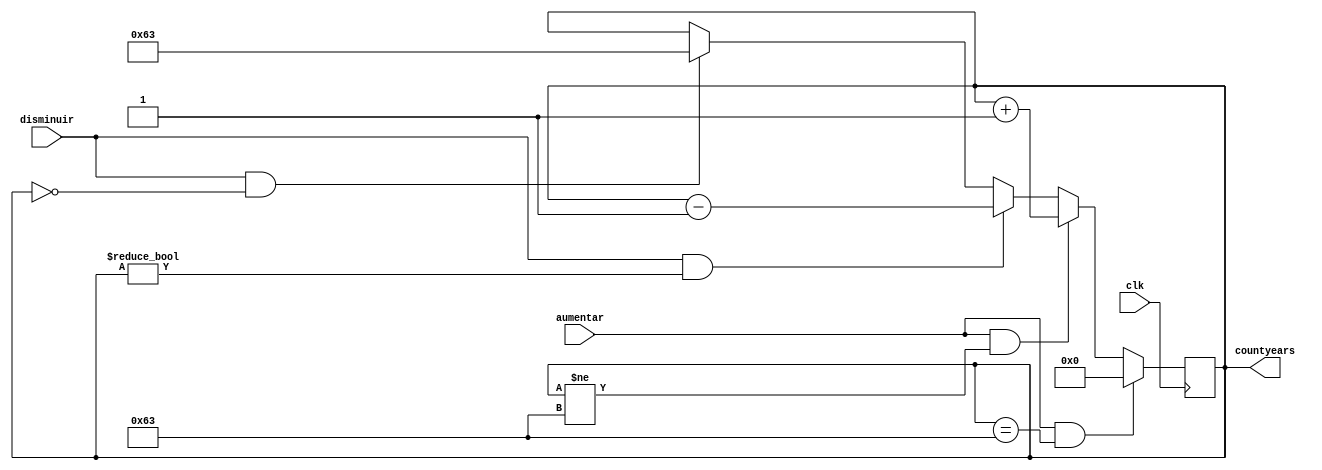
`timescale 1ns / 10ps

module countyears(
		input wire clk,
		input wire aumentar, disminuir,
		output reg [7:0] countyears
    );
	 
initial countyears = 0;

always @(posedge clk) begin
	if ((aumentar)&&(countyears == 99))
		countyears = 0;
	else if ((aumentar)&&(countyears != 99))
		countyears = countyears + 1'b1;
	else if ((disminuir)&&(countyears != 0)) 
		countyears = countyears - 1'b1;
	else if ((disminuir)&&(countyears == 0))
		countyears = 99;
end

endmodule